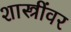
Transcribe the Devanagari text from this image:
शास्त्रींवर